Investigations into the jail dietaries of the United Provinces with some observations on the influence of dietary on the physical development and well-being of the people of the United Provinces - Number 48
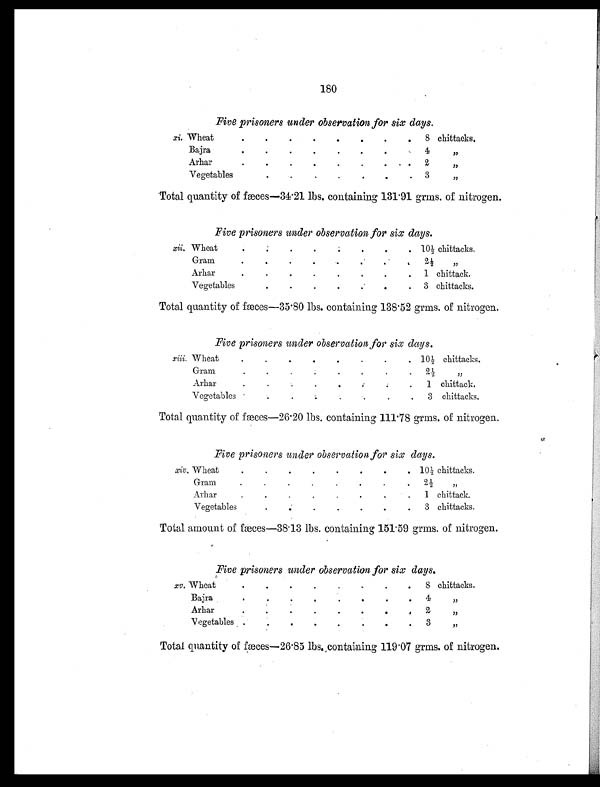
180
Five prisoners under observation for six days.
xi. Wheat
.
.
.
.
.
.
.
.
8 chittacks.
Bajra
.
.
.
.
.
.
. .
4 ,,
Arha r
.
.
.
.
.
.
.
.
2 ,,
Vegetables .
.
.
.
.
.
.
3 ,,
Total quantity of fæces—34.21 lbs. containing 131.91 grms. of nitrogen.
Five prisoners under observation for six
days.
xii. Whea
t
. .
.
. .
.
.
. 10½ chittacks.
Gram .
.
.
.
. .
.
.
2½ ,,
Arha r
. .
.
.
.
.
.
.
1 chittack.
Vegetables
.
.
.
.
.
. 3 chittacks.
Total quantity of fæc
es—35.80 lbs. containing 138.52 grms. of nitrogen.
Five prisoners under observation for six days.
xiii. Wheat
.
.
.
.
.
.
.
. 10½ chittacks.
Gram
.
.
. .
.
.
.
.
2½ ,,
Arhar
.
.
.
.
. . .
.
1 chittack.
Vegetables
. .
.
.
.
.
.
.
3 chittacks.
Total quantity of fæces—26.20 lbs. containing 111.78 grms. of nitrogen.
Five prisoners under observation for six days.
xiv. Whea
t
. . . . . .
.
. 10½ chittacks.
Gram
. .
.
.
.
.
.
.
2½ ,,
Arha
r
. . . . . .
. 1 chittack.
Vegetables
.
.
.
.
.
.
.
.
3 chittacks.
Total amount of fæc
es—38.13 lbs. containing 151.59 grms. of nitrogen.
Five prisoners under observation for six days.
xv . Wheat
. .
.
.
.
.
.
.
8 chittacks.
Bajra
.
.
.
.
.
.
.
.
4 ,,
Arha r
. .
.
.
.
.
.
.
2 ,,
Vegetables
.
.
.
.
.
.
.
.
3 ,,
Total quantity of fæces—26.85 lbs. containing 119.07 grms. of nitrogen.